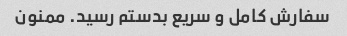
سفارش کامل و سریع بدستم رسید. ممنون